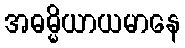
အဓမ္မိယာယမာနေ